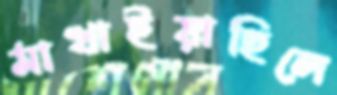
মাখাইয়াছিলে